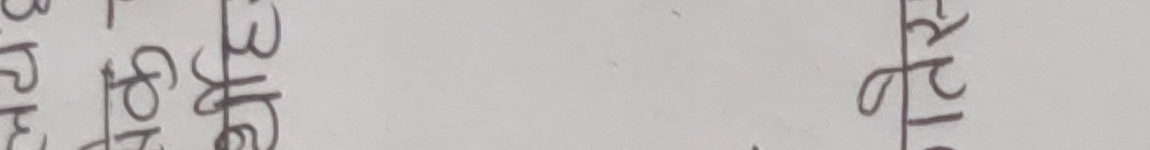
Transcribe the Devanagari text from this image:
के हो